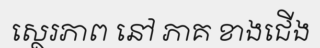
ស្ថេរភាព នៅ ភាគ ខាងជើង